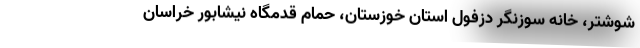
شوشتر، خانه سوزنگر دزفول استان خوزستان، حمام قدمگاه نیشابور خراسان